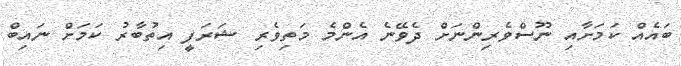
ބައެއް ކަމަށާއި ނޫސްވެރިންނަށް ދެވޭނެ އެންމެ މަތިވެރި ޝަރަފީ އިތުބާރު ކަމަށް ނައިބް